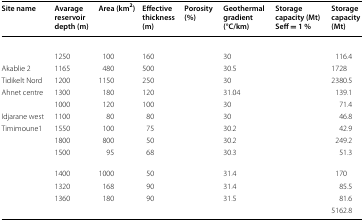
<table><thead><tr><td><b>Site name</b></td><td><b>Avarage reservoir depth (m)</b></td><td><b>Area (km<sup>2</sup>)</b></td><td><b>Effective thickness (m)</b></td><td><b>Porosity (%)</b></td><td><b>Geothermal gradient (°C/km)</b></td><td><b>Storage capacity (Mt) Seff = 1 %</b></td><td><b>Storage capacity (Mt)</b></td></tr></thead><tbody><tr><td>[EMPTY_CELL]</td><td>[EMPTY_CELL]</td><td>[EMPTY_CELL]</td><td>[EMPTY_CELL]</td><td>[EMPTY_CELL]</td><td>[EMPTY_CELL]</td><td>[EMPTY_CELL]</td><td>[EMPTY_CELL]</td></tr><tr><td>[EMPTY_CELL]</td><td>1250</td><td>100</td><td>160</td><td>[EMPTY_CELL]</td><td>30</td><td>[EMPTY_CELL]</td><td>116.4</td></tr><tr><td>Akablie 2</td><td>1165</td><td>480</td><td>500</td><td>[EMPTY_CELL]</td><td>30.5</td><td>[EMPTY_CELL]</td><td>1728</td></tr><tr><td>Tidikelt Nord</td><td>1200</td><td>1150</td><td>250</td><td>[EMPTY_CELL]</td><td>30</td><td>[EMPTY_CELL]</td><td>2380.5</td></tr><tr><td>Ahnet centre</td><td>1300</td><td>180</td><td>120</td><td>[EMPTY_CELL]</td><td>31.04</td><td>[EMPTY_CELL]</td><td>139.1</td></tr><tr><td>[EMPTY_CELL]</td><td>1000</td><td>120</td><td>100</td><td>[EMPTY_CELL]</td><td>30</td><td>[EMPTY_CELL]</td><td>71.4</td></tr><tr><td>Idjarane west</td><td>1100</td><td>80</td><td>80</td><td>[EMPTY_CELL]</td><td>30</td><td>[EMPTY_CELL]</td><td>46.8</td></tr><tr><td>Timimoune1</td><td>1550</td><td>100</td><td>75</td><td>[EMPTY_CELL]</td><td>30.2</td><td>[EMPTY_CELL]</td><td>42.9</td></tr><tr><td>[EMPTY_CELL]</td><td>1800</td><td>800</td><td>50</td><td>[EMPTY_CELL]</td><td>30.2</td><td>[EMPTY_CELL]</td><td>249.2</td></tr><tr><td>[EMPTY_CELL]</td><td>1500</td><td>95</td><td>68</td><td>[EMPTY_CELL]</td><td>30.3</td><td>[EMPTY_CELL]</td><td>51.3</td></tr><tr><td>[EMPTY_CELL]</td><td>1400</td><td>1000</td><td>50</td><td>[EMPTY_CELL]</td><td>31.4</td><td>[EMPTY_CELL]</td><td>170</td></tr><tr><td>[EMPTY_CELL]</td><td>1320</td><td>168</td><td>90</td><td>[EMPTY_CELL]</td><td>31.4</td><td>[EMPTY_CELL]</td><td>85.5</td></tr><tr><td>[EMPTY_CELL]</td><td>1360</td><td>180</td><td>90</td><td>[EMPTY_CELL]</td><td>31.5</td><td>[EMPTY_CELL]</td><td>81.6</td></tr><tr><td>[EMPTY_CELL]</td><td>[EMPTY_CELL]</td><td>[EMPTY_CELL]</td><td>[EMPTY_CELL]</td><td>[EMPTY_CELL]</td><td>[EMPTY_CELL]</td><td>[EMPTY_CELL]</td><td>5162.8</td></tr></tbody></table>